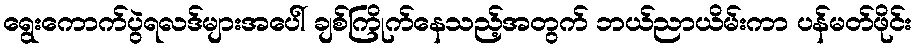
ရွေးကောက်ပွဲရလဒ်များအပေါ် ချစ်ကြိုက်နေသည့်အတွက် ဘယ်ညာယိမ်းကာ ပန်မတ်ဖိုင်း